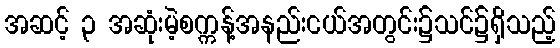
အဆင့် ၃ အဆုံးမဲ့စက္ကန့်အနည်းငယ်အတွင်း၌သင်၌ရှိသည့်